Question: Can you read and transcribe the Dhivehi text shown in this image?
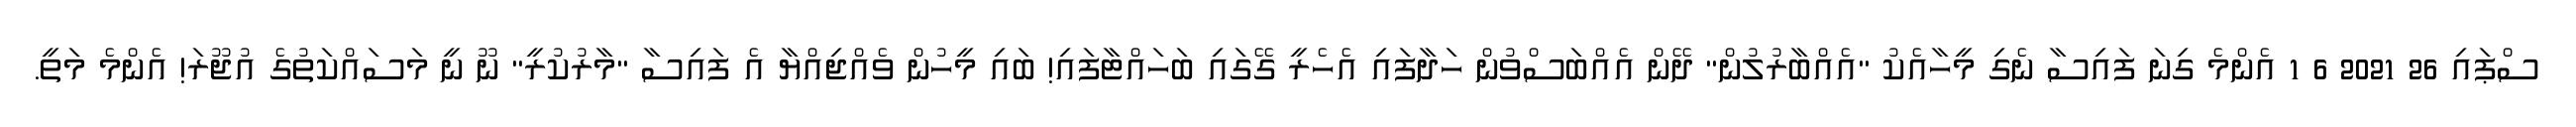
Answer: ސްޕައި 26 2021 6 1 އެންމެ ގިނަ ފައިސާ ނެގި މީހާއެކު "އެއްބާރުލުން" ދޭން އެއްބަސްވުން ހަދާފައި އެހެރީ ގޭގައި ބަހައްޓާފައި! ބައި މީހުން ވެއްޖިއްޔާ އެ ފައިސާ "މާރުކުރީ" ނޫ ނީ މަސައްކަތުގެ އުޖޫރަ! އެންމެ މަތީ.